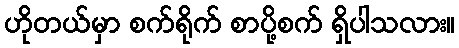
ဟိုတယ်မှာ စက်ရိုက် စာပို့စက် ရှိပါသလား။